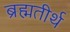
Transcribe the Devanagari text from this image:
ब्रह्मतीर्थ